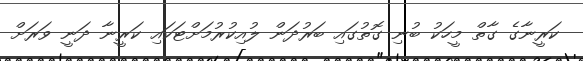
ކަރީނާގެ ގާތް މީހަކު ބުނި ގޮތުގައި ބަރުދަން ލުއިކުރުމަށްޓަކައި ކަރީނާ ދަނީ ވަރަށް